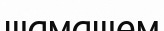
шамашем